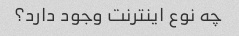
چه نوع اینترنت وجود دارد؟